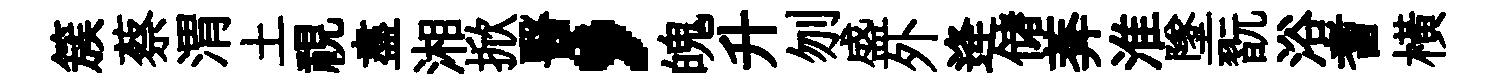
簇蔡渭土視盡湘掀醫，魄升刎盛外逄储莾淮墜翫浴耆橫